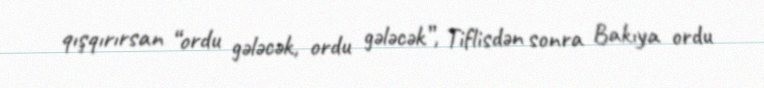
qışqırırsan “ordu gələcək, ordu gələcək”, Tiflisdən sonra Bakıya ordu